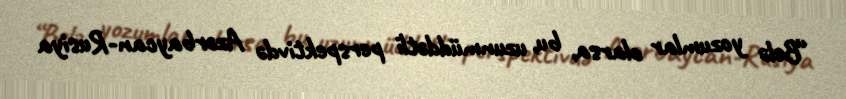
“Belə yozumlar olarsa, bu, uzunmüddətli perspektivdə Azərbaycan-Rusiya